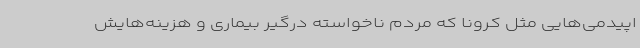
اپیدمی‌هایی مثل کرونا که مردم ناخواسته درگیر بیماری و هزینه‌هایش